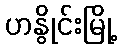
ဟနွိုင်းမြို့